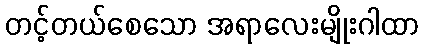
တင့်တယ်စေသော အရာလေးမျိုးဂါထာ